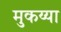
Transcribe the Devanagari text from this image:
मुकय्या